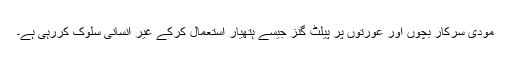
مودی سرکار بچوں اور عورتوں پر پیلٹ گنز جیسے ہتھیار استعمال کرکے غیر انسانی سلوک کررہی ہے۔